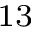
^ { 1 3 }